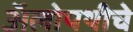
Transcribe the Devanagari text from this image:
अॅलोपथीचे